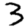
Digit: 3